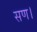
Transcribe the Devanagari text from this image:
सण।